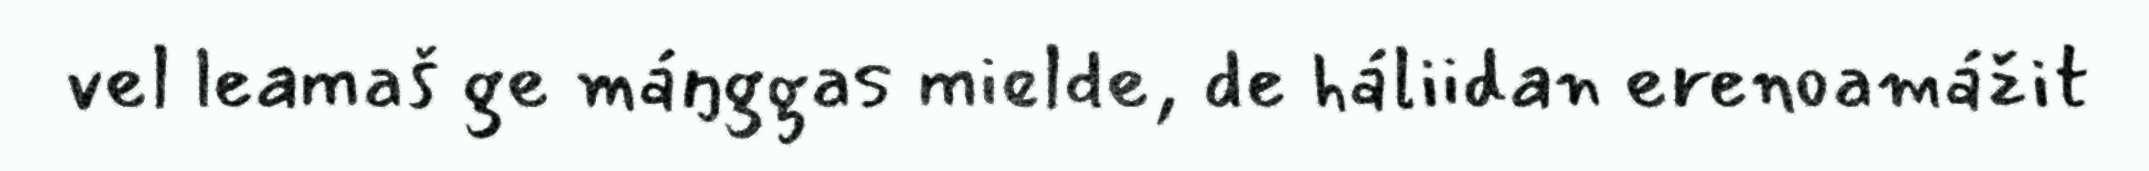
vel leamaš ge máŋggas mielde, de háliidan erenoamážit